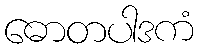
ဓောတပါဒကံ